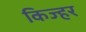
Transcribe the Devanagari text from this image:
किज्हर